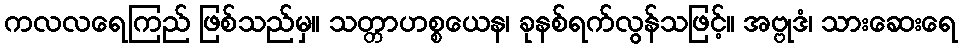
ကလလရေကြည် ဖြစ်သည်မှ။ သတ္တာဟစ္စယေန၊ ခုနစ်ရက်လွန်သဖြင့်။ အဗ္ဗုဒံ၊ သားဆေးရေ